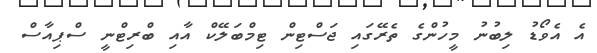
އެ އެވޯޑު ލިބުނު މީހުންގެ ތެރޭގައި ޖަސްޓިން ޓިމްބަލޭކް އާއި ބްރިޓްނީ ސްޕިއާސް